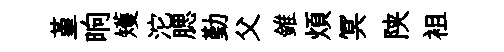
堇晌矱沱腮勤父錐煩冥陕袓